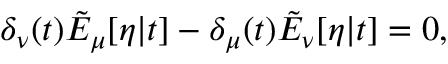
\delta _ { \nu } ( t ) \tilde { E } _ { \mu } [ \eta | t ] - \delta _ { \mu } ( t ) \tilde { E } _ { \nu } [ \eta | t ] = 0 ,